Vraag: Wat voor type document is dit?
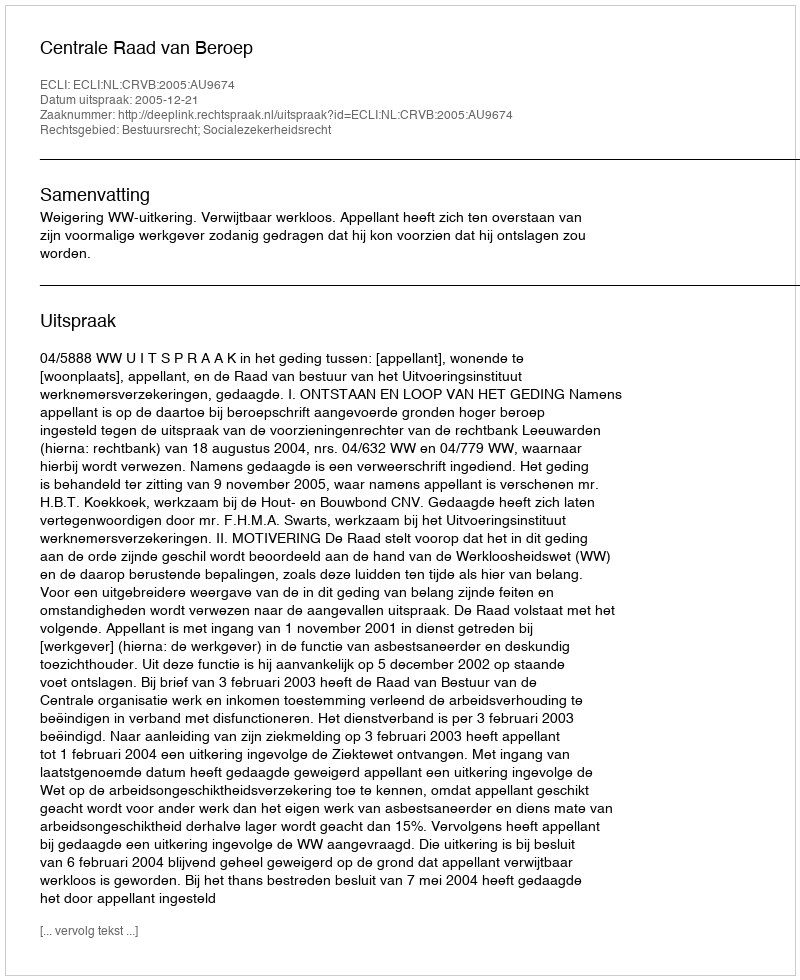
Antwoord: Uitspraak